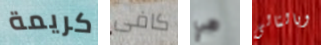
كريمة كافى هي وبالتالى